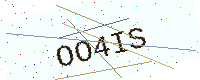
Text: OO4IS